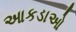
આકડાઓ